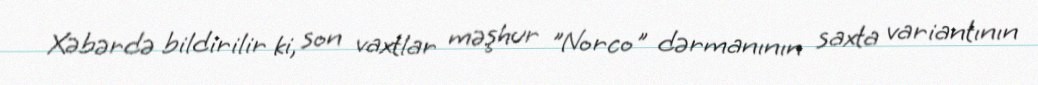
Xəbərdə bildirilir ki, son vaxtlar məşhur "Norco" dərmanının saxta variantının